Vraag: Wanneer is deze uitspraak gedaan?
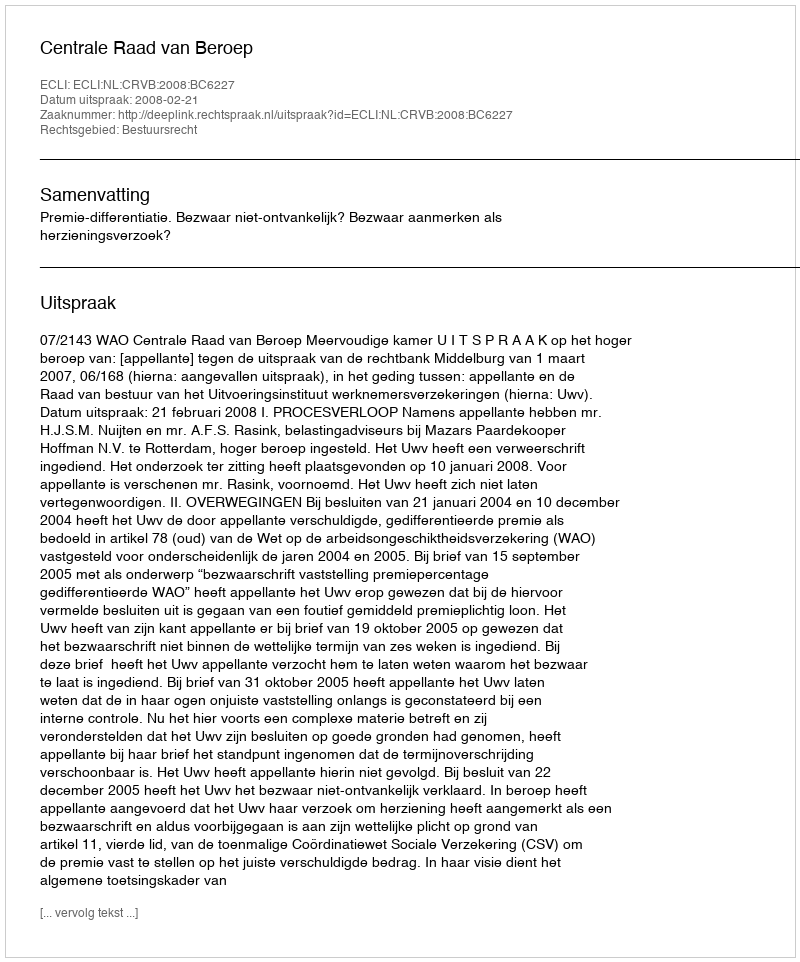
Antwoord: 2008-02-21